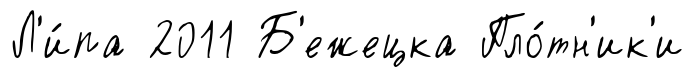
Л'и́па 2011 Б'ежецка Пло́тн'ик'и